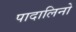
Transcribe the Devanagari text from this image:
पादालिनो